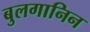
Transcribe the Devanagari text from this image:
बुलगानिन